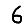
Digit: 6